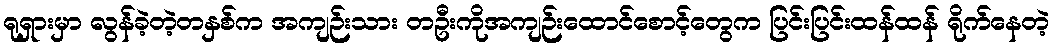
ရုရှားမှာ လွန်ခဲ့တဲ့တနှစ်က အကျဉ်းသား တဦးကိုအကျဉ်းထောင်စောင့်တွေက ပြင်းပြင်းထန်ထန် ရိုက်နေတဲ့